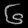
Digit: ၆